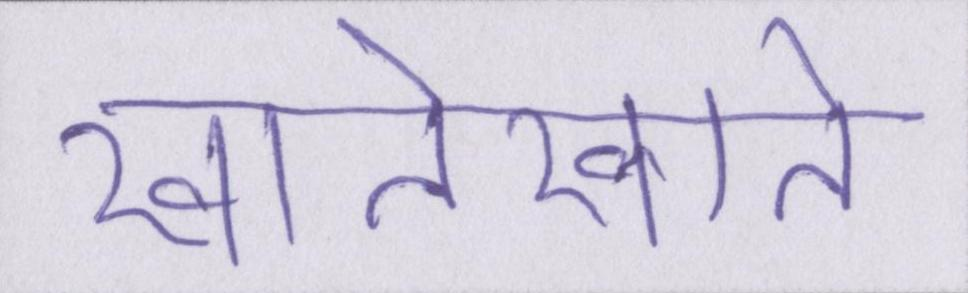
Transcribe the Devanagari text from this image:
खातेखाते